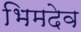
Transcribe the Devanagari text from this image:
भिमदेव